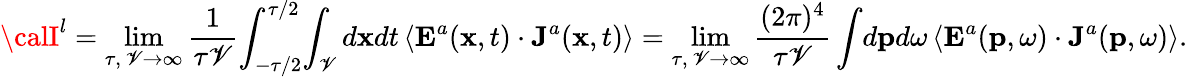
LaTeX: {\calI}^{l}=\operatorname*{lim}_{\tau,\, \mathscr{V}\rightarrow\infty}\frac{{1}}{{\tau\mathscr{V}}}\! \int_{-\tau/2}^{\tau/2}\! \int_{\mathscr{V}}d{\mathbf{x}}dt\, \langle{\mathbf{E}}^{a}({\mathbf{x}},t)\cdot{\mathbf{J}}^{a}({\mathbf{x}},t)\rangle=\operatorname*{lim}_{\tau,\, \mathscr{V}\rightarrow\infty}\frac{{(2\pi)^{4}}}{{\tau\mathscr{V}}}\int\! d{\mathbf{p}}d\omega\, \langle{\mathbf{E}}^{a}({\mathbf{p}},\omega)\cdot{\mathbf{J}}^{a}({\mathbf{p}},\omega)\rangle.